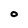
Character: O